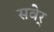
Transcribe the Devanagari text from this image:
सवेर्